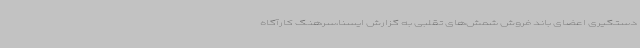
دستگیری اعضای باند فروش شمش‌های تقلبی به گزارش ایسنا،سرهنگ کارآگاه